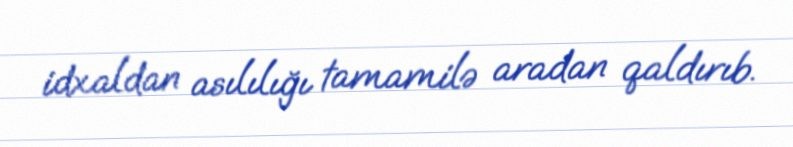
idxaldan asılılığı tamamilə aradan qaldırıb.